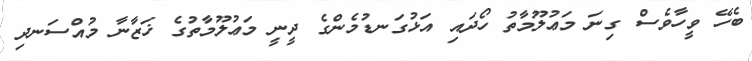
ބެހޭ ވީހާވެސް ގިނަ މަޢުލޫމާތު ހޯދައި އަޅުގަނޑުމެންގެ ދީނީ މަޢުލޫމާތުގެ ޚަޒާނާ މުއްސަނދި